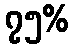
၇၅%